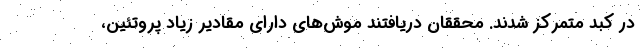
در کبد متمرکز شدند. محققان دریافتند موش‌های دارای مقادیر زیاد پروتئین،